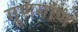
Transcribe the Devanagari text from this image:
गुणगाण